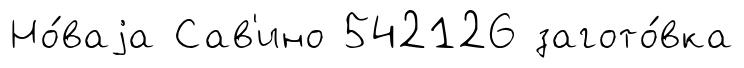
Но́ваjа Сав'ино 542126 загото́вка